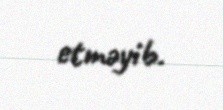
etməyib.